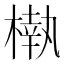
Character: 𣙀